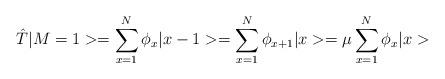
LaTeX: \begin{align*}\hat{T}|M=1>=\sum_{x=1}^{N}\phi_{x}|x-1>=\sum_{x=1}^{N}\phi_{x+1}|x>=\mu \sum_{x=1}^{N}\phi_{x}|x>\end{align*}